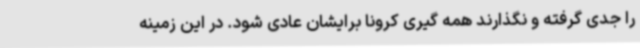
را جدی گرفته و نگذارند همه گیری کرونا برایشان عادی شود. در این زمینه